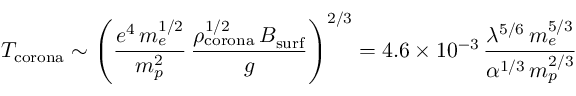
T _ { \mathrm { c o r o n a } } \sim \left( \frac { e ^ { 4 } \, m _ { e } ^ { 1 / 2 } } { m _ { p } ^ { 2 } } \, \frac { \rho _ { \mathrm { c o r o n a } } ^ { 1 / 2 } \, B _ { \mathrm { s u r f } } } { g } \right) ^ { 2 / 3 } = 4 . 6 \times 1 0 ^ { - 3 } \, \frac { \lambda ^ { 5 / 6 } \, m _ { e } ^ { 5 / 3 } } { \alpha ^ { 1 / 3 } \, m _ { p } ^ { 2 / 3 } }